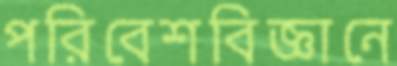
পরিবেশবিজ্ঞানে